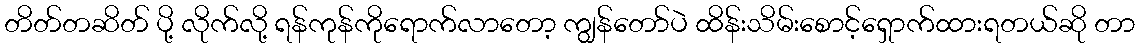
တိတ်တဆိတ် ပို့ လိုက်လို့ ရန်ကုန်ကိုရောက်လာတော့ ကျွန်တော်ပဲ ထိန်းသိမ်းစောင့်ရှောက်ထားရတယ်ဆို တာ